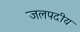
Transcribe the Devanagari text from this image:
जलपदीय